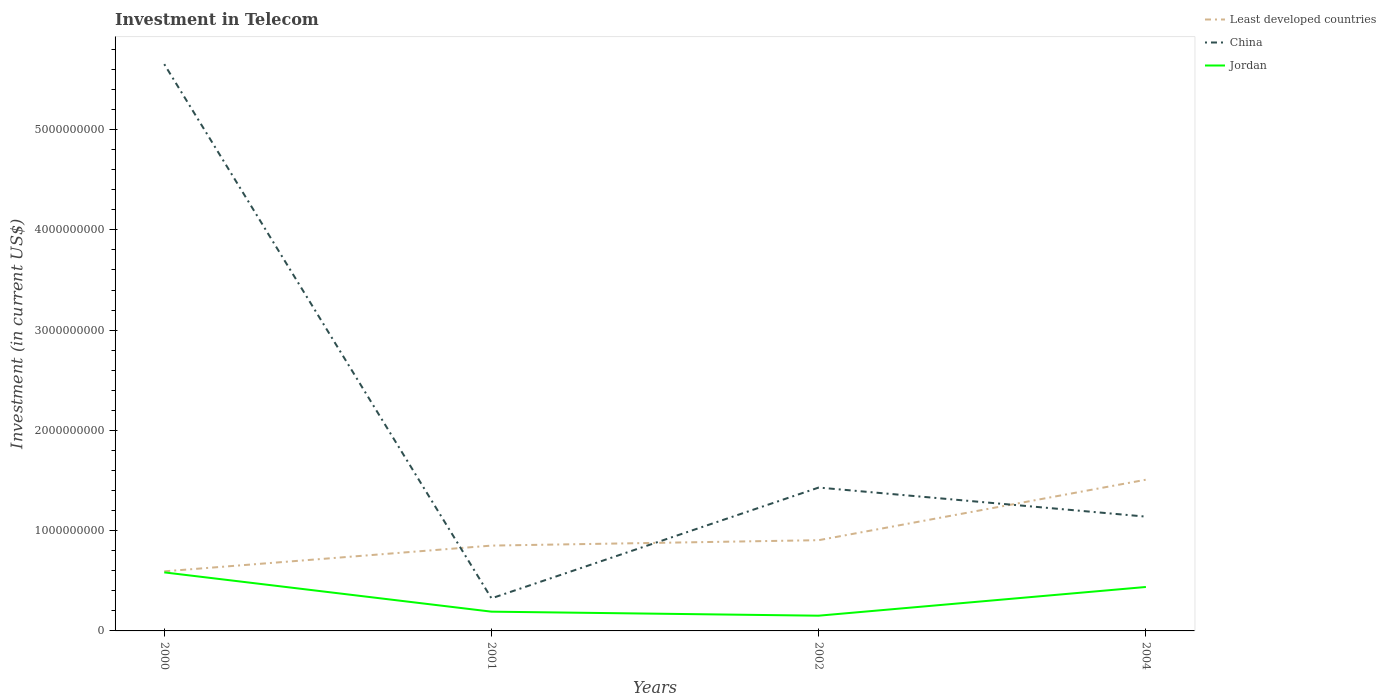
| Years | Least developed countries | China | Jordan |
 | --- | --- | --- | --- |
 | 2000 | 5.94e+08 | 5.65e+09 | 5.84e+08 |
 | 2001 | 8.51e+08 | 3.25e+08 | 1.92e+08 |
 | 2002 | 9.05e+08 | 1.43e+09 | 1.52e+08 |
 | 2004 | 1.51e+09 | 1.14e+09 | 4.38e+08 |